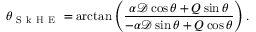
\theta _ { \mathrm { ~ S ~ k ~ H ~ E ~ } } = \arctan \left( \frac { \alpha { \mathcal { D } } \cos \theta + Q \sin \theta } { - \alpha { \mathcal { D } } \sin \theta + Q \cos \theta } \right) .